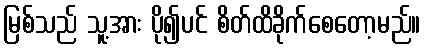
မြစ်သည် သူ့အား ပို၍ပင် စိတ်ထိခိုက်စေတော့မည်။